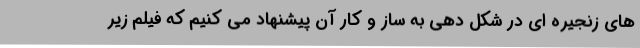
های زنجیره ای در شکل دهی به ساز و کار آن پیشنهاد می کنیم که فیلم زیر